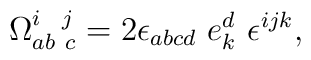
\Omega _{ab\ c}^{i\ \ j}=2\epsilon _{abcd}\ e_{k}^{d}\ \epsilon ^{ijk},